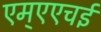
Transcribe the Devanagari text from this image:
एम्एएचई